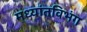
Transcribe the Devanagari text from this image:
मध्यांतविभंग